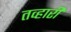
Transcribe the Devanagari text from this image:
तव्हारी